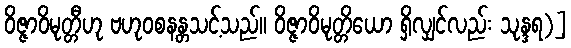
ဝိဇ္ဇာဝိမုတ္တီဟု ဗဟုဝစနန္တသင့်သည်။ ဝိဇ္ဇာဝိမုတ္တိယော ရှိလျှင်လည်း သုန္ဒရ)]